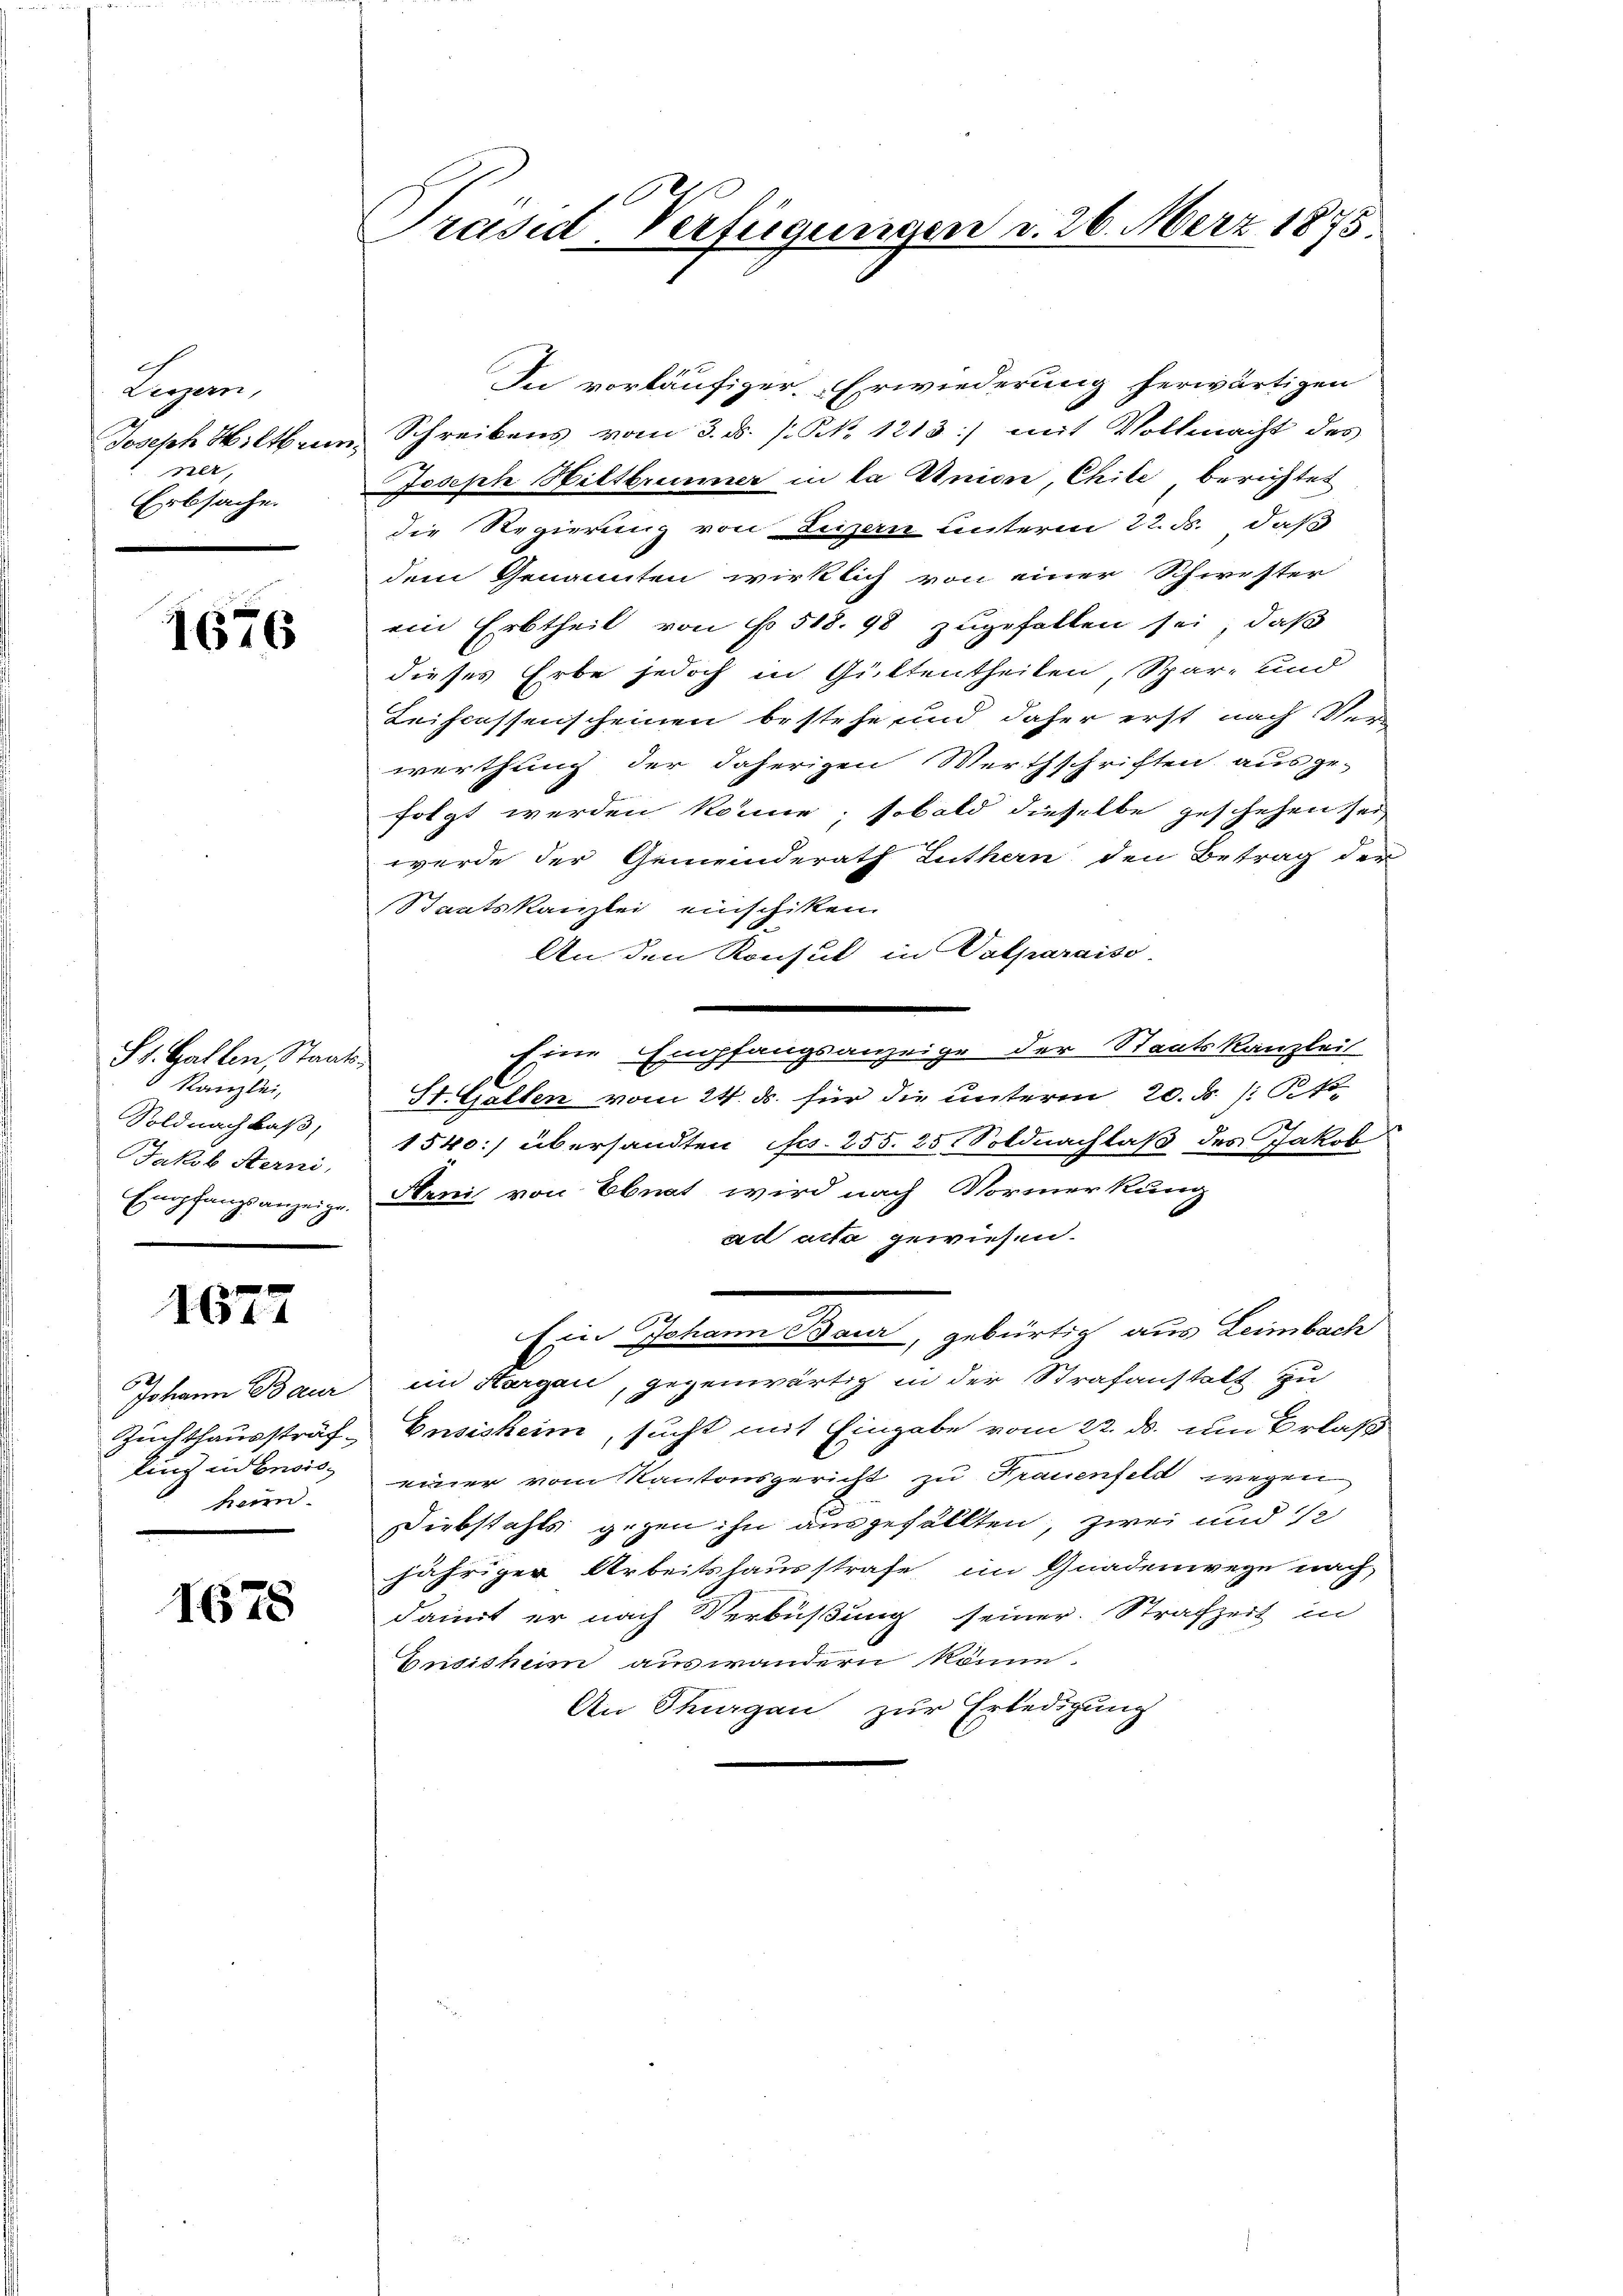
.

Liegen,
Joseph Hiltbrier
elt,
Erbsache

1676

St. Gallen, Staats-
Kanzlei,
Soldnachbaß,
Jakob Sterni,
Empfangsanzeige.

1677

Johann Baur
Zuchthaussträf
ling in Ensis
har.

1678

Präsid-Verfügungen d. 26. März 1875

In vorläufiger Erwiederung herwärtigen
Schreibens vom 3. ds. s. No. 1213) mit Vollmacht des
Joseph Hiltbrunner in la Union, Chile berichtet
die Regierung von Lizen unterm 22. ds. daß
dem Genannten wirklich von einer Schwester
ein Erbtheil von No 518. 93 zugefallen sei, daß
dieses Erbe jedoch in Güttentheilen Spar- und
Leihcessenscheinen bestehe, und daher erst nach Verwerthung der daherigen Werthschriften ausge-
folgt werden könne; sobald dieselbe geschehen sei,
werde der Gemeinderath Luthern den Betrag der
Staatskanzlei einschiken
An den Konsul in Valparaiso
Eine Empfangsanzeige der Staatskanzleit
St. Gallen vom 24. ds. für die unterm 20. d. R.
1540:) übersandten fcs. 255. 25 Soldnachlaß des Jakob
Aenis von Ebnat, wird nach Vormerkung
ad acta gewiesen.
Ein Johann Baur, gebürtig aus Leimbach
im Stargen, gegenwärtig in der Strafanstalt zu
Ensisheim, sucht mit Eingabe vom 22. ds. um Erlaß
einer vom Kantonsgericht zu Frauenfeld wegen
Diebstahls gegen ihn ausgefällten, zwei und 12
jähriger Arbeitshausstrafe im Gnadenwege nach,
damit er nach Verbüßung seiner Strafzeit in
Ensichem auswandern könne.
An Thurgau zur Erledigung